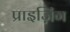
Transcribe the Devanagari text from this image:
प्राइज़िंग